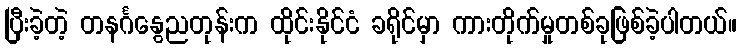
ပြီးခဲ့တဲ့ တနင်္ဂနွေညတုန်းက ထိုင်းနိုင်ငံ ခရိုင်မှာ ကားတိုက်မှုတစ်ခုဖြစ်ခဲ့ပါတယ်။